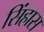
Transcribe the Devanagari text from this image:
सिंहास